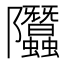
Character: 𨽳